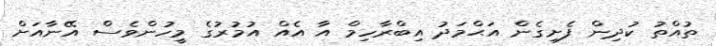
ތުއްތު ކުދިން ފެށިގެން އަޙްމަދު އިބްރާހިމް އާ އެއް އުމުރުގެ މީހުންވެސް އޭނާއަށް